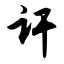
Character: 讦